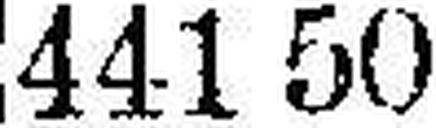
441 50